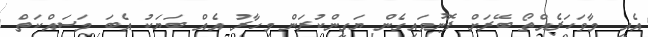
އެއީ މާވަަހަރެއްތޯ ބޭރަށް ފޮނުވައިގެން ޔަގީންކުރަން މިހާރު އެއް ބަޔަކު އެބަ މަސައްކަތް